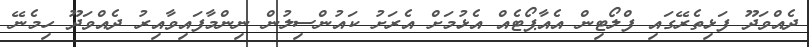
ދެއްވަދޫ ފަޅިތެރޭގައި ފްލޯޓިން އެއާޕޯޓެއް އެޅުމަށް އެރަށު ކައުންސިލުން ނިންމާފައިވާއިރު ދެއްވަދޫ ހިމެނޭ